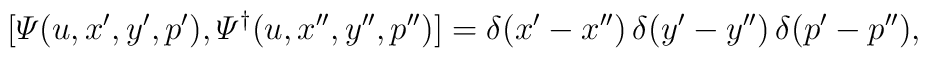
[{\mit\Psi}(u,x',y',p'),{\mit\Psi}^\dagger(u,x'',y'',p'')]=  \delta(x'-x'')\,\delta(y'-y'')\,\delta(p'-p''),